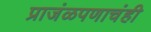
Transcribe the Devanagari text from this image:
प्राजंळपणाचंही